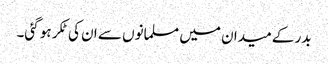
بدر کے میدان میں مسلمانوں سے ان کی ٹکر ہو گئی۔